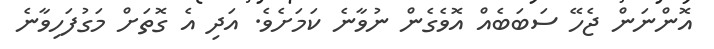
އޮންނަން ޖެހޭ ސަބަބެއް އޮވެގެން ނުވާނެ ކަމަށެވެ. އަދި އެ ގޮތަށް މަގުފަހިވާނެ